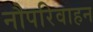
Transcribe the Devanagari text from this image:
नौपरिवाहन